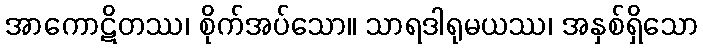
အာကောဋိတဿ၊ စိုက်အပ်သော။ သာရဒါရုမယဿ၊ အနှစ်ရှိသော